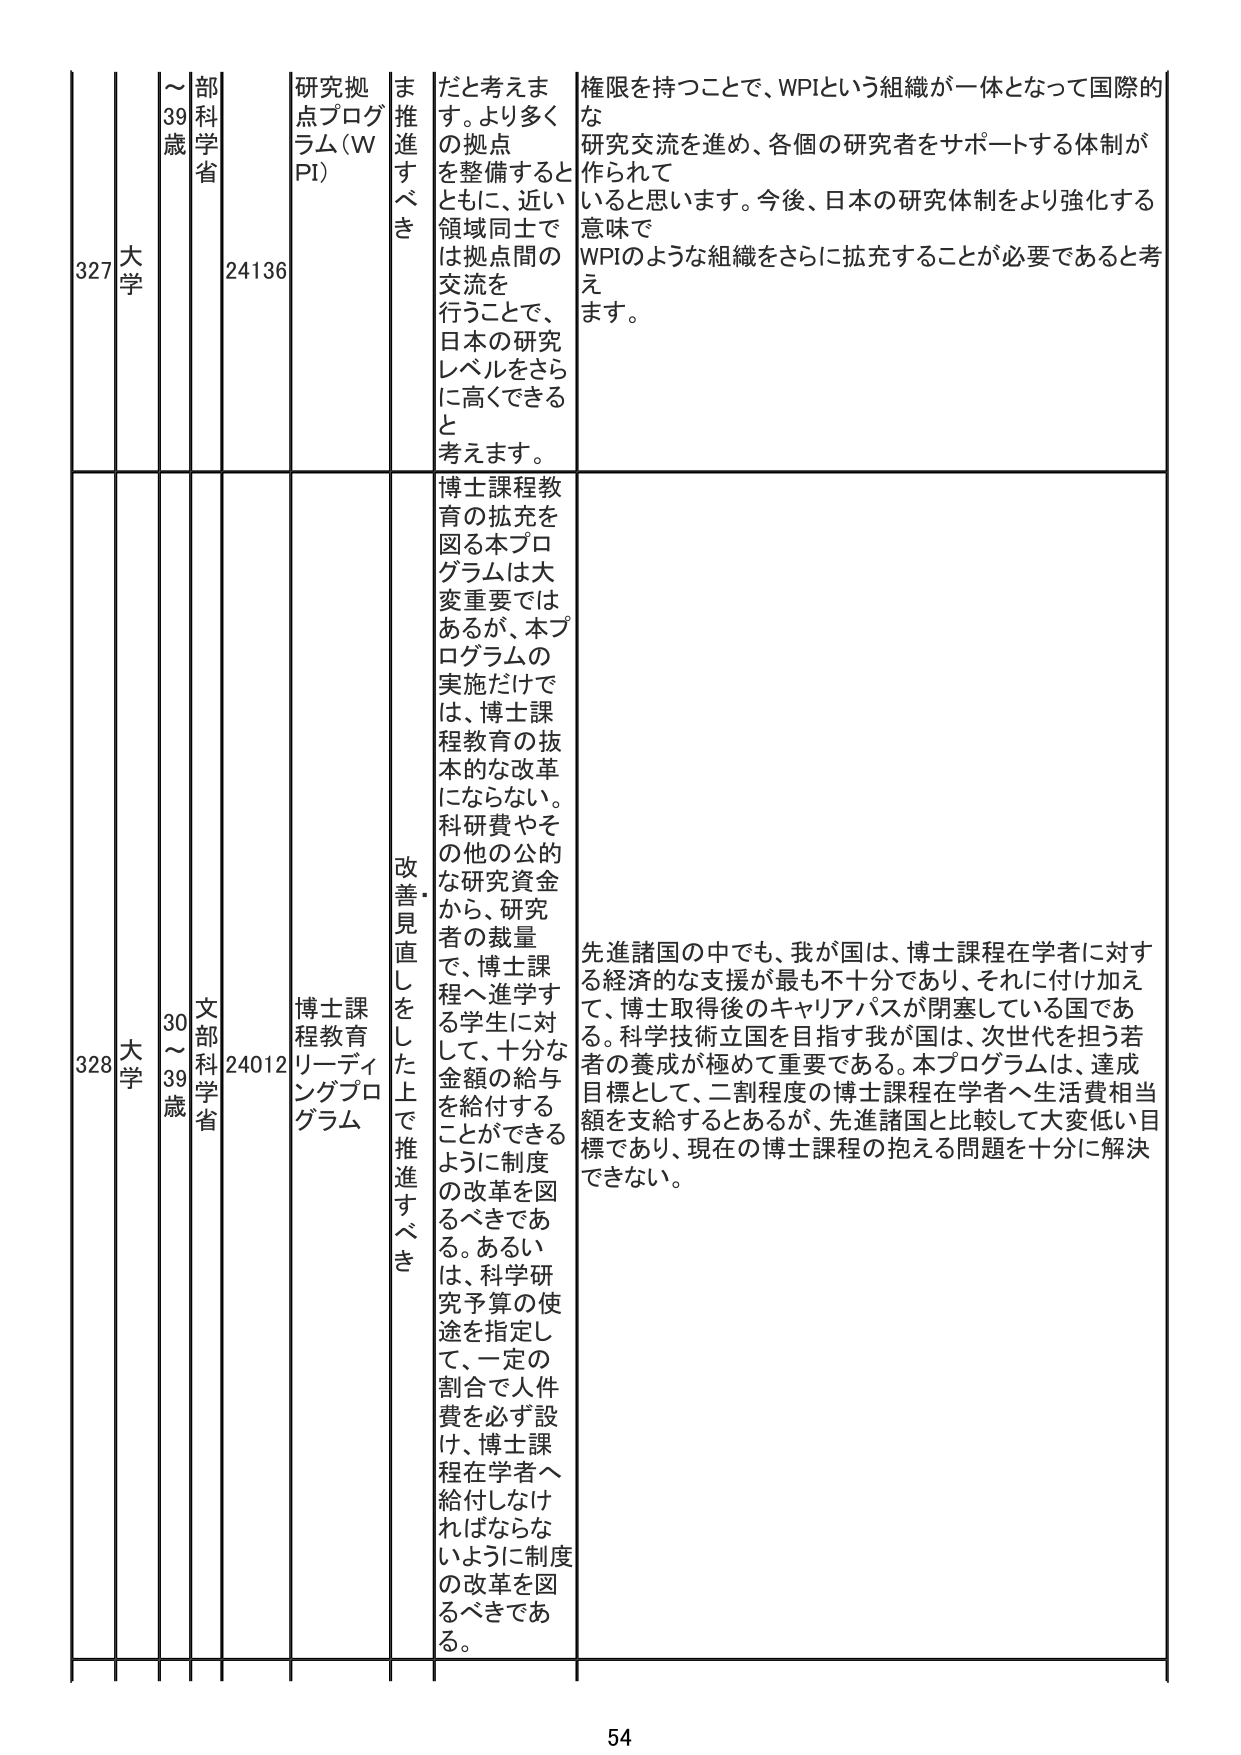
327 大学 30～39歳 文部科学省 24136 研究拠点プログラム(WPI) ま推進すべき だと考えます。より多くの拠点を整備するとともに、近い領域同士では拠点間の交流を行うことで、日本の研究レベルをさらに高くできると考えます。 権限を持つことで、WPIという組織が一体となって国際的な研究交流を進め、各個の研究者をサポートする体制が作られていると思います。今後、日本の研究体制をより強化する意味でWPIのような組織をさらに拡充することが必要であると考えます。

328 大学 30～39歳 文部科学省 24012 博士課程教育リーディングプログラム 改善見直しをした上で推進すべき 博士課程教育の拡充を図る本プログラムは大変重要ではあるが、本プログラムの実施だけでは、博士課程教育の抜本的な改革にならない。科研費やその他の公的な研究資金から、研究者の裁量で、博士課程へ進学する学生に対して、十分な金額の給与を給付することができるよう制度の改革を図るべきである。あるいは、科学研究予算の使途を指定して、一定の割合で人件費を必ず設け、博士課程在学者へ給付しなければならないように制度の改革を図るべきである。 先進諸国の中でも、我が国は、博士課程在学者に対する経済的な支援が最も不十分であり、それに付け加えて、博士取得後のキャリアパスが閉塞している国である。科学技術立国を目指す我が国は、次世代を担う若者の養成が極めて重要である。本プログラムは、達成目標として、二割程度の博士課程在学者へ生活費相当額を支給するとあるが、先進諸国と比較して大変低い目標であり、現在の博士課程の抱える問題を十分に解決できない。

54